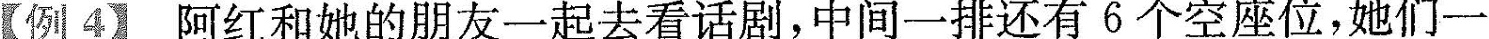
【例4】阿红和她的朋友一起去看话剧，中间一排还有6个空座位，她们一